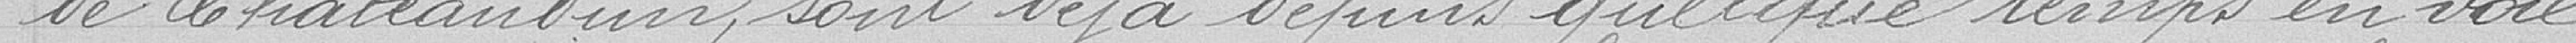
de Châteaudun sont déjà depuis quelques temps en voie